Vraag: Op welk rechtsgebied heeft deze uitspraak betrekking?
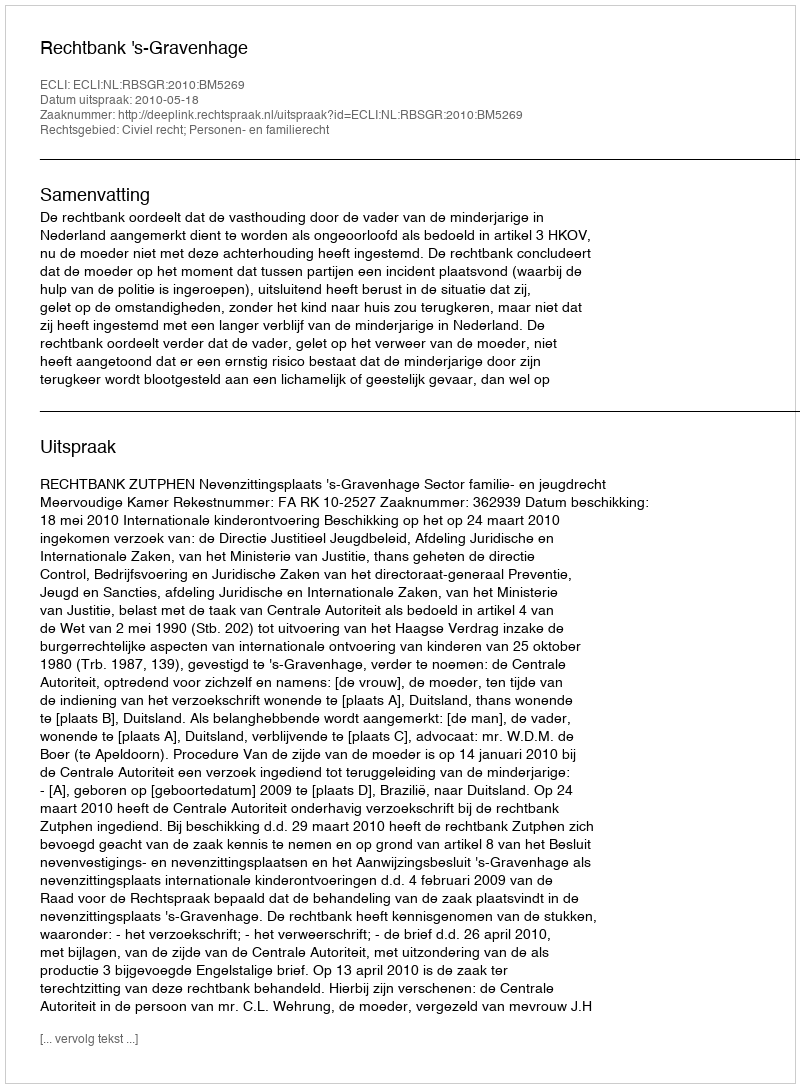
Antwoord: Civiel recht; Personen- en familierecht